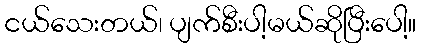
ငယ်သေးတယ်၊ ပျက်စီးပါ့မယ်ဆိုပြီးပေါ့။